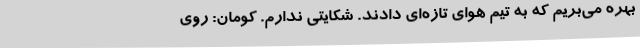
بهره می‌بریم که به تیم هوای تازه‌ای دادند. شکایتی ندارم. کومان: روی